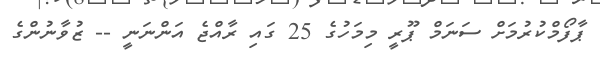
ޕާފޯމްކުރުމަށް ސަނަމް ޕޫރީ މިމަހުގެ 25 ގައި ރާއްޖެ އަންނަނީ -- ޒުވާނުންގެ